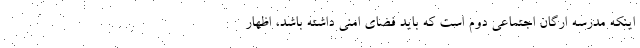
اینکه مدرسه ارگان اجتماعی دوم است که باید فضای امنی داشته باشد، اظهار